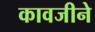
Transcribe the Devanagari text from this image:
कावजीने